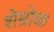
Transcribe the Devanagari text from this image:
शेम्रोक